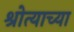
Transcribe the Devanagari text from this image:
श्रोत्याच्या